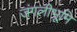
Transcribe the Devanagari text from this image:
जंगलीभूमि